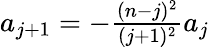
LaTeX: \begin{array}{r}{a_{j+1}=-\frac{(n-j)^{2}}{(j+1)^{2}}a_{j}}\end{array}